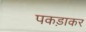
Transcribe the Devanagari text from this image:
पकड़ाकर